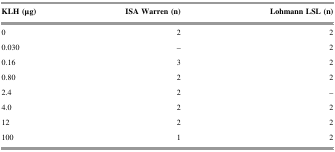
| KLH (μg) | ISA Warren (n) | Lohmann LSL (n) |
 | --- | --- | --- |
 | 0 | 2 | 2 |
 | 0.030 | – | 2 |
 | 0.16 | 3 | 2 |
 | 0.80 | 2 | 2 |
 | 2.4 | 2 | – |
 | 4.0 | 2 | 2 |
 | 12 | 2 | 2 |
 | 100 | 1 | 2 |